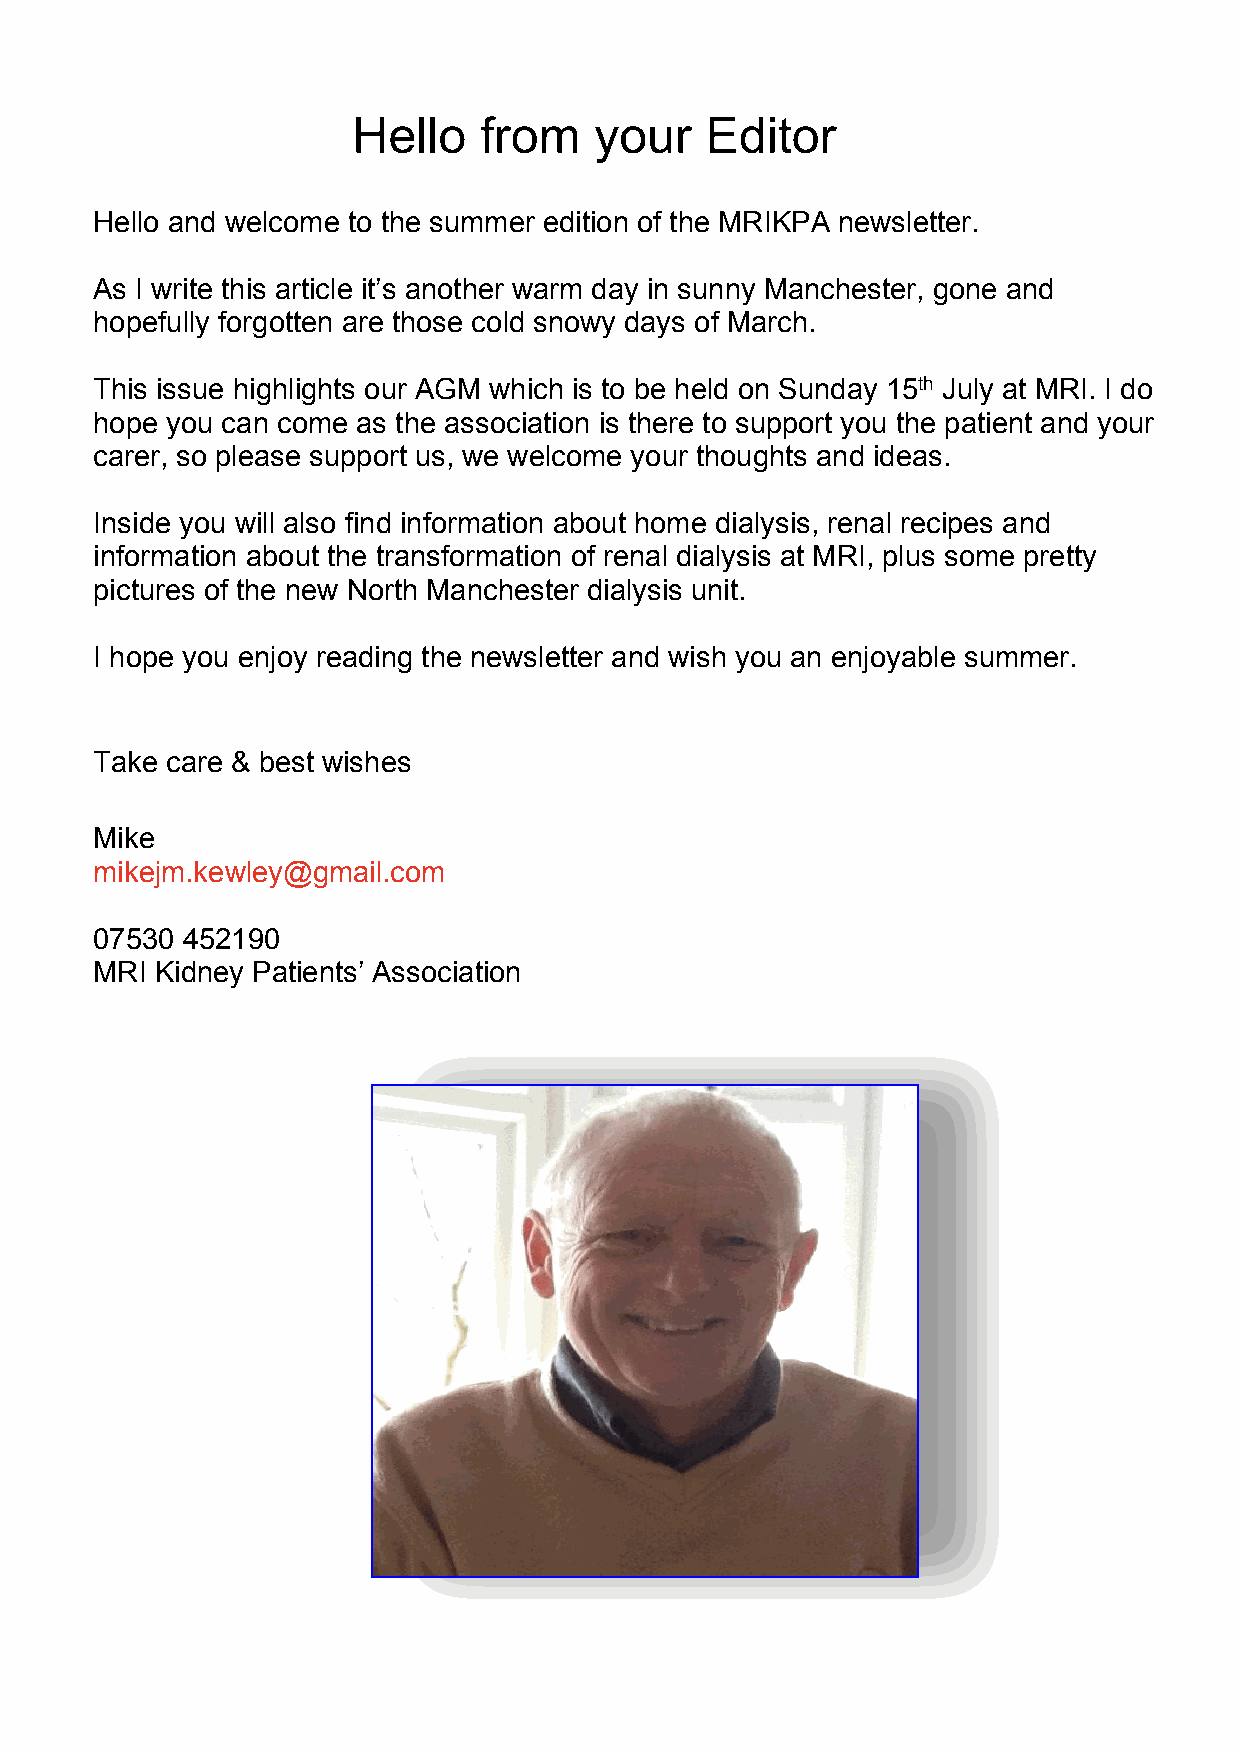
Hello    from   your    Editor
 Hello and welcome to the summer edition of the MRIKPA newsletter.
 As I write this article it’s another warm day in sunny Manchester, gone and
 hopefully forgotten are those cold snowy days of March.
 This issue highlights our AGM which is to be held on Sunday 15th July at MRI. I do
 hope you can come as the association is there to support you the patient and your
 carer, so please support us, we welcome your thoughts and ideas.
 Inside you will also find information about home dialysis, renal recipes and
 information about the transformation of renal dialysis at MRI, plus some pretty
 pictures of the new North Manchester dialysis unit.
 I hope you enjoy reading the newsletter and wish you an enjoyable summer.
 Take care & best wishes
 Mike
 mikejm.kewley@gmail.com
 07530 452190
 MRI Kidney Patients’ Association